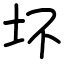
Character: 坏